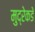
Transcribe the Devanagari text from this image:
मुद्रेकडे